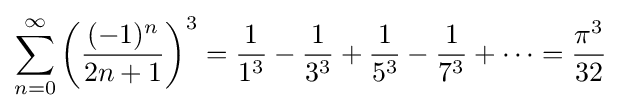
\sum _{n=0}^{\infty }\left({\frac {(-1)^{n}}{2n+1}}\right)^{3}={\frac {1}{1^{3}}}-{\frac {1}{3^{3}}}+{\frac {1}{5^{3}}}-{\frac {1}{7^{3}}}+\cdots ={\frac {\pi ^{3}}{32}}